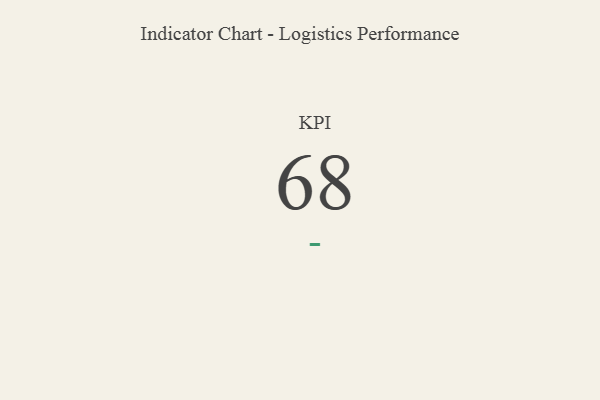
{"axis": {"x": "KPI", "y": "Value"}, "legend": [""], "data": [{"x": "KPI", "y": 68, "type": ""}]}